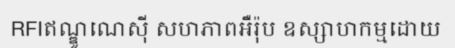
RFIឥណ្ឌូណេស៊ី សហភាពអឺរ៉ុប ឧស្សាហកម្មដោយ